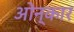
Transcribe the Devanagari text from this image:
ओन्कार